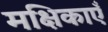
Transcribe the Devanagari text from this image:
मक्षिकाएँ